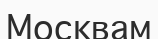
Москвам